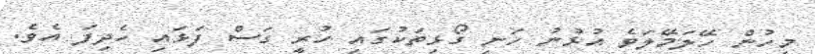
މީހުން ހޭލަމޭލަވެ އުޅުނު ހަނި ގޯޅިތަކުގައި ހުރީ ގަސް ފަޅައި ހެދިފަ އެވެ.